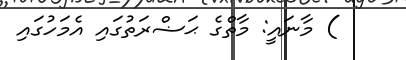
) މާނައީ: މާތްގެ ޙަޟްރަތުގައި އެމަހުގައި